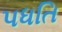
પધતિ